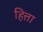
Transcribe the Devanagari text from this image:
हित्ता